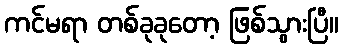
ကင်မရာ တစ်ခုခုတော့ ဖြစ်သွားပြီ။